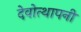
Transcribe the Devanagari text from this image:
देवोत्थापनी